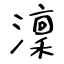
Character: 澟